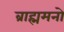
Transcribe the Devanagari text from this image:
ब्राह्ममनो